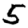
Digit: 5